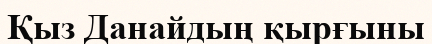
Қыз Данайдың қырғыны